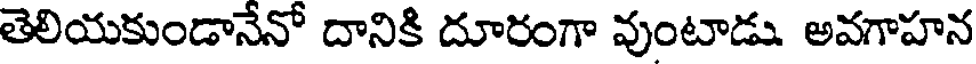
తెలియకుండానేనో దానికి దూరంగా వుంటాడు అవగాహన